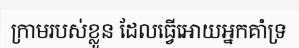
ក្រាមរបស់ខ្លួន ដែលធ្វើអោយអ្នកគាំទ្រ